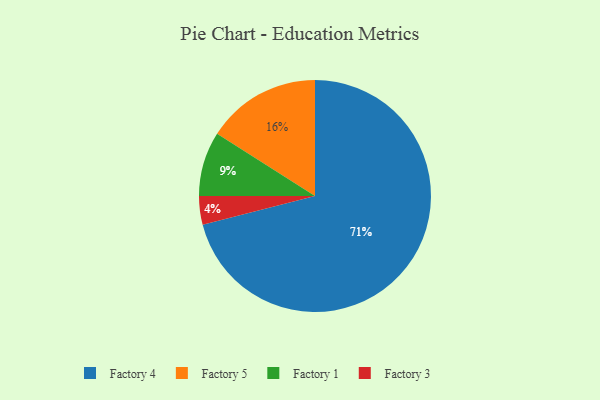
{"axis": {"x": "Category", "y": "Percentage"}, "legend": ["Factory 1", "Factory 3", "Factory 4", "Factory 5"], "data": [{"x": "Factory 1", "y": 9, "type": "Factory 1"}, {"x": "Factory 3", "y": 4, "type": "Factory 3"}, {"x": "Factory 4", "y": 71, "type": "Factory 4"}, {"x": "Factory 5", "y": 16, "type": "Factory 5"}]}